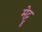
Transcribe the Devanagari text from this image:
मेट्टू